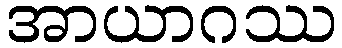
အာယာဂဿ